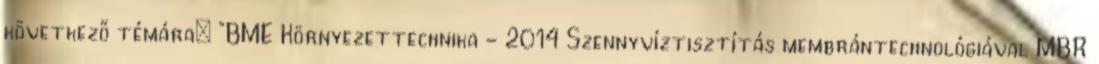
következő témára: "BME Környezettechnika - 2014 Szennyvíztisztítás membrántechnológiával MBR